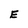
Character: E